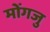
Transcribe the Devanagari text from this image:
मोंगजु